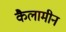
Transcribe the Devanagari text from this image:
कैलामीन